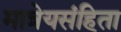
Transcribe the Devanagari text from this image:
मात्रेयसंहिता